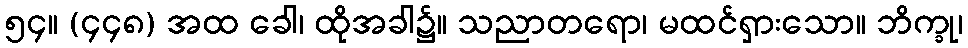
၅၄။ (၄၄၈) အထ ခေါ၊ ထိုအခါ၌။ သညာတရော၊ မထင်ရှားသော။ ဘိက္ခု၊